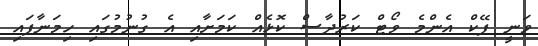
ވަނީ ފޭކް އެންމެ ވޯޓް ކަރުދާސް ކޮޅެއް ކަމަށާއި އެ ގުނުމުގައި ހިމަނާފައި